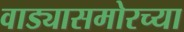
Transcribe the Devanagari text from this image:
वाड्यासमोरच्या